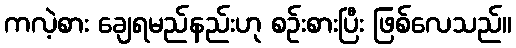
ကလဲ့စား ချေရမည်နည်းဟု စဉ်းစားပြီး ဖြစ်လေသည်။